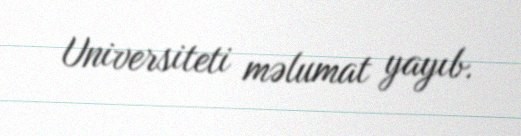
Universiteti məlumat yayıb.